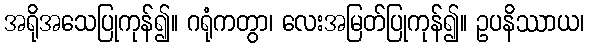
အရိုအသေပြုကုန်၍။ ဂရုံကတွာ၊ လေးအမြတ်ပြုကုန်၍။ ဥပနိဿာယ၊